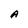
Character: A